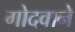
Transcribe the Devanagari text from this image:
गोदवाने